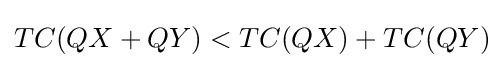
TC(QX+QY)<TC(QX)+TC(QY)